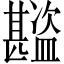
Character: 𬐾